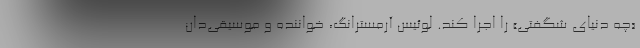
«چه دنیای شگفتی» را اجرا کند. لوئیس آرمسترانگ، خواننده و موسیقی‌دان